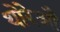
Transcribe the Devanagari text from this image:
थोरेऔ